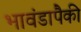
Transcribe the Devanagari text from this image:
भावंडापैकी